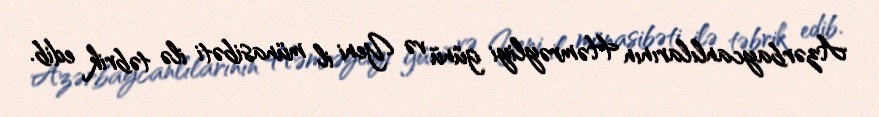
Azərbaycanlılarının Həmrəyliyi günü və Yeni il münasibəti ilə təbrik edib.